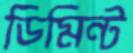
ডিমিন্ট